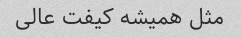
مثل همیشه کیفت عالی